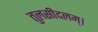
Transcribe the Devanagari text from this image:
तुलसीदलम्।